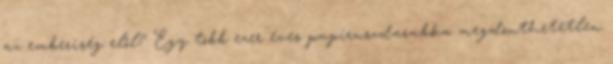
az emberiség elől? Egy több ezer éves papiruszdarabka megdönthetetlen